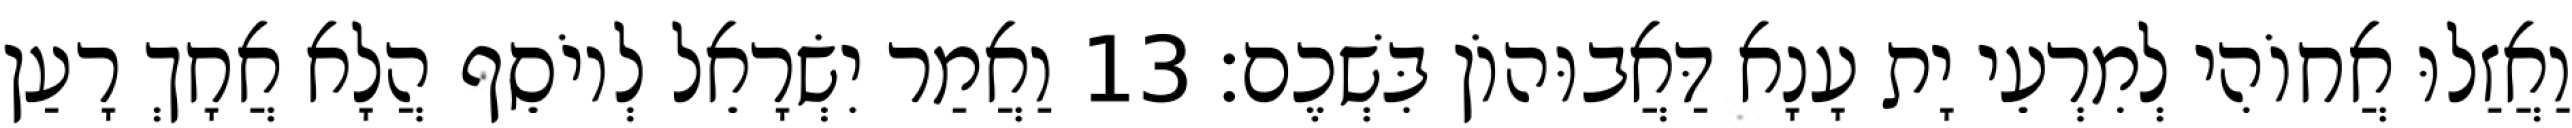
וַאֲזַלוּ אֲחוֹהִי לְמִרְעֵי יָת עָנָא דַּאֲבוּהוֹן בִּשְׁכֶם׃ 13 וַאֲמַר יִשְׂרָאֵל לְיוֹסֵף הֲלָא אֲחָךְ רָעַן